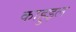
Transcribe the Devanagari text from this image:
काहुइल